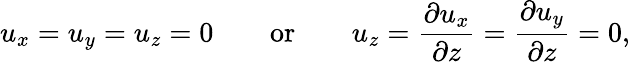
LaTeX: u_{x}=u_{y}=u_{z}=0\qquad\textrm{or}\qquad u_{z}=\frac{\partial u_{x}}{\partial z}=\frac{\partial u_{y}}{\partial z}=0,